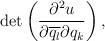
LaTeX: \begin{align*} \begin{aligned} \det\left(\frac{\partial^2 u}{\partial \overline{q_l}\partial {q_k}} \right), \end{aligned} \end{align*}